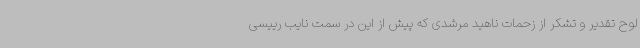
لوح تقدیر و تشکر از زحمات ناهید مرشدی که پیش از این در سمت نایب رییسی